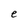
Character: e